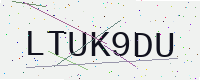
Text: LTUK9DU